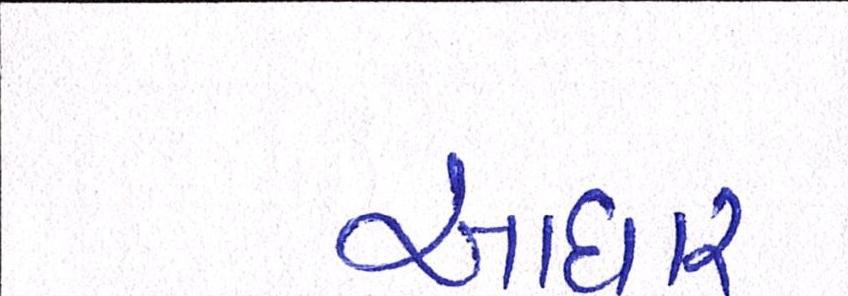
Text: આધાર